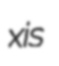
xis